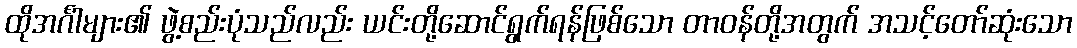
ထိုအင်္ဂါများ၏ ဖွဲ့စည်းပုံသည်လည်း ယင်းတို့ဆောင်ရွက်ရန်ဖြစ်သော တာဝန်တို့အတွက် အသင့်တော်ဆုံးသော